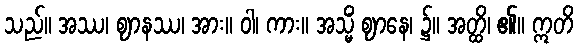
သည်။ အဿ၊ ဈာနဿ၊ အား။ ဝါ၊ ကား။ အသ္မိံ ဈာနေ၊ ၌။ အတ္ထိ၊ ၏။ ဣတိ